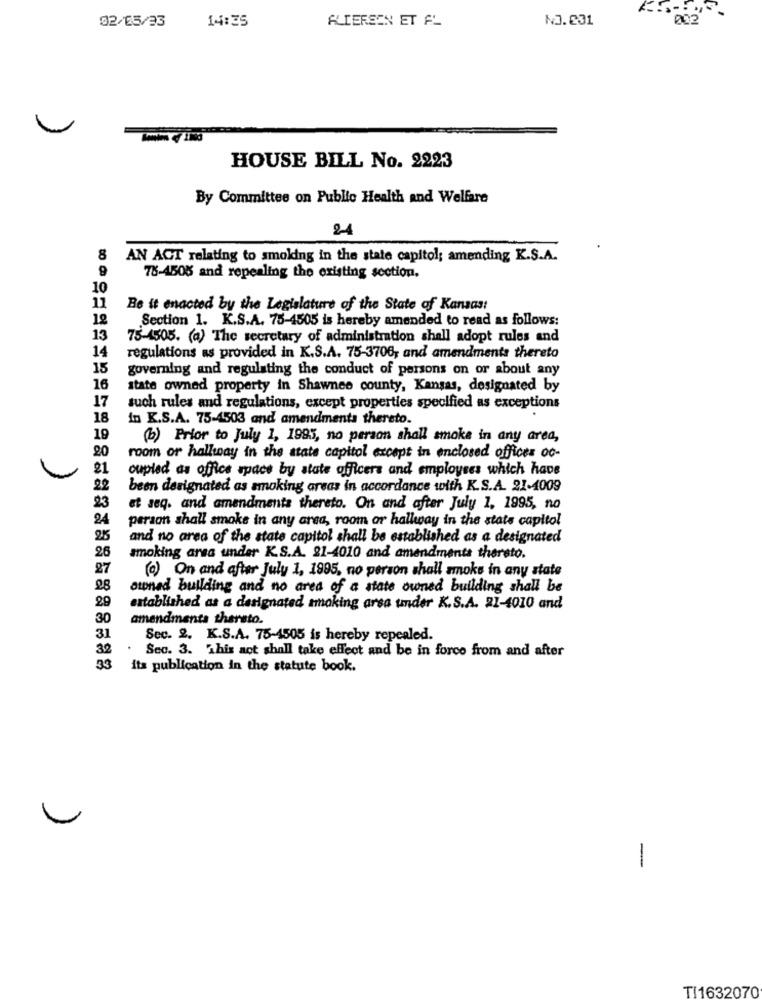
02/05/33
14:35
ALTEREEN ET AL
NO.231
002
HOUSE BILL No. 2223
By Committee on Public Health and Welfare
24
8
AN ACT relating to smoking in the state capitol; amending K.S.A.
9
78-4508 and repealing the existing section.
10
11
Be it enacted by the Legislature of the State of Kansas
12
Section 1. K.S.A. 75-4505 is hereby amended to read as follows:
13
75-4505. (a) The secretary of administration shall adopt rules and
14
regulations as provided in K.S.A. 75-3700, and amendments thereto
15
governing and regulating the conduct of persons on or about any
16
state owned property in Shawnee county, Kansas, designated by
17
such rules and regulations, except properties specified as exceptions
18
in K.S.A. 75-4503 and amendments thereto.
19
(b) Prior to July 1, 1995, no person shall smoke in any area,
20
room or hallway in the state capitol except in enclosed offices oc-
coupled as office space by state officers and employees which have
22
been designated as smoking areas in accordance with K.S.A. 21-4009
23
et seq. and amendments thereto. On and after July 1, 1995, no
24
person shall smoke in any area, room or hallway in the state capitol
2%
and no area of the state capitol shall be established as a designated
26
smoking area under K.S.A. 21-4010 and amendments thereto.
27
(a) On and after July 1, 1995, no person shall smoke in any state
28
ouned building and no area of a state owned building shall be
29
established as a designated smoking arsa under K.S.A. 21-4010 and
30
amendments thereto.
31
Sec. 2. K.S.A. 75-4505 is hereby repealed.
32
Sec. 3. This act shall take effect and be in force from and after
33
its publication in the statute book.
-
TI1632070